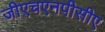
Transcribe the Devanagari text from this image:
जीएचएनपीसीए